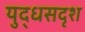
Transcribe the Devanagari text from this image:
युद्धसदृश